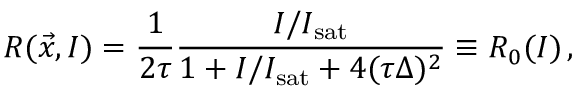
R ( \vec { x } , I ) = \frac { 1 } { 2 \tau } \frac { I / I _ { \mathrm { s a t } } } { 1 + I / I _ { \mathrm { s a t } } + 4 ( \tau \Delta ) ^ { 2 } } \equiv R _ { 0 } ( I ) \, ,